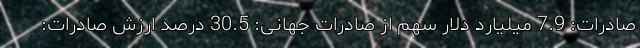
صادرات: 7.9 میلیارد دلار سهم از صادرات جهانی: 30.5 درصد ارزش صادرات: